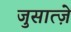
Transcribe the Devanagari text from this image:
जुसात्ज़े